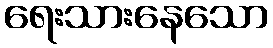
ရေးသားနေသော